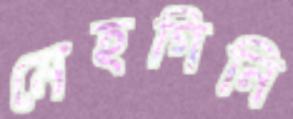
মেহগিনি